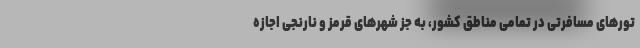
تور‌های مسافرتی در تمامی مناطق کشور، به جز شهر‌های قرمز و نارنجی اجازه